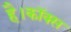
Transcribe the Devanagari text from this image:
है।कॉक्स